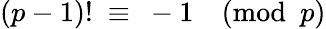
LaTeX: (p-1)!\ \equiv\ -1{\pmod{p}}